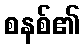
စနစ်၏